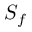
S _ { f }